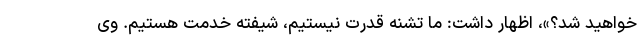
خواهید شد؟»، اظهار داشت: ما تشنه قدرت نیستیم، شیفته خدمت هستیم. وی